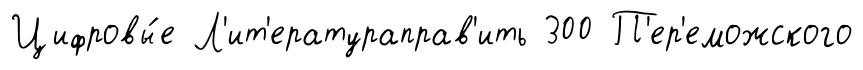
Цифровы́е Л'ит'ератураправ'ить 300 П'ер'еможского